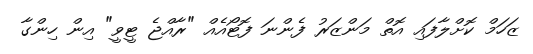
ޒަހަމް ކޮށްލާފައި އޮތް މަންޒަރު ފެންނަ ފޮޓޯއެއް "ރާއްޖެ ޓީވީ" އިން ހިންގާ